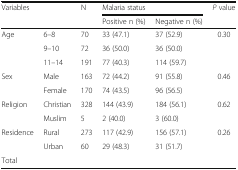
<table><thead><tr><td rowspan="2"><b>Variables</b></td><td rowspan="2"></td><td rowspan="2"><b>N</b></td><td colspan="2"><b>Malaria status</b></td><td><b><i>P</i> value</b></td></tr><tr><td><b>Positive n (%)</b></td><td><b>Negative n (%)</b></td><td></td></tr></thead><tbody><tr><td rowspan="3">Age</td><td>6–8</td><td>70</td><td>33 (47.1)</td><td>37 (52.9)</td><td rowspan="2">0.30</td></tr><tr><td>9–10</td><td>72</td><td>36 (50.0)</td><td>36 (50.0)</td></tr><tr><td>11–14</td><td>191</td><td>77 (40.3)</td><td>114 (59.7)</td><td></td></tr><tr><td rowspan="2">Sex</td><td>Male</td><td>163</td><td>72 (44.2)</td><td>91 (55.8)</td><td rowspan="2">0.46</td></tr><tr><td>Female</td><td>170</td><td>74 (43.5)</td><td>96 (56.5)</td></tr><tr><td rowspan="2">Religion</td><td>Christian</td><td>328</td><td>144 (43.9)</td><td>184 (56.1)</td><td rowspan="2">0.62</td></tr><tr><td>Muslim</td><td>5</td><td>2 (40.0)</td><td>3 (60.0)</td></tr><tr><td rowspan="2">Residence</td><td>Rural</td><td>273</td><td>117 (42.9)</td><td>156 (57.1)</td><td rowspan="2">0.26</td></tr><tr><td>Urban</td><td>60</td><td>29 (48.3)</td><td>31 (51.7)</td></tr><tr><td colspan="2">Total</td><td></td><td></td><td></td><td></td></tr></tbody></table>